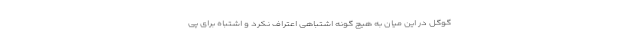
گوگل در این میان به هیچ گونه اشتباهی اعتراف نکرد و اشتباه برای پی